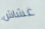
غشاش